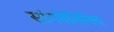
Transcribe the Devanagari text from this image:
सांगतेनिमित्त